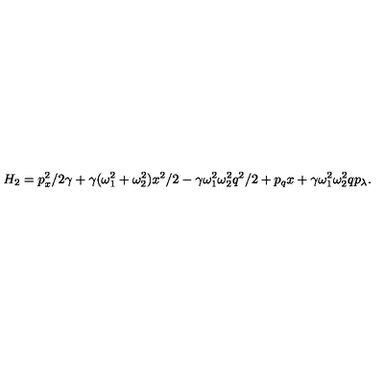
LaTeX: H _ { 2 } = p _ { x } ^ { 2 } / 2 \gamma + \gamma ( \omega _ { 1 } ^ { 2 } + \omega _ { 2 } ^ { 2 } ) x ^ { 2 } / 2 - \gamma \omega _ { 1 } ^ { 2 } \omega _ { 2 } ^ { 2 } q ^ { 2 } / 2 + p _ { q } x + \gamma \omega _ { 1 } ^ { 2 } \omega _ { 2 } ^ { 2 } q p _ { \lambda } .